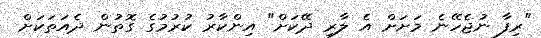
"ރިފާ ނުޖެހޭނެ މަށަށް އެ ލާރި ދޭކަށް" އިންކާރު ކުރުމުގެ ގޮތުން ދެއަތަކަށް